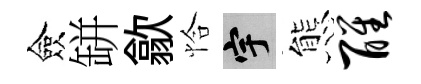
僉缾歙恰宇態醒